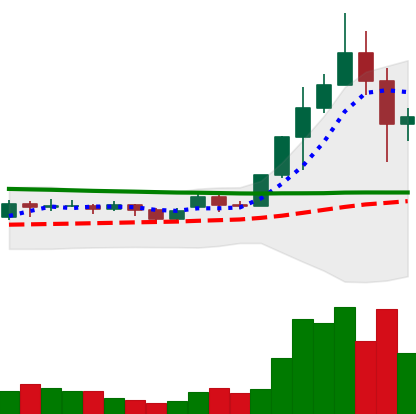
Ticker: ADA-USD
Chart end date: 2020-11-27
Forward return: 12.429%
Label: up_7plus